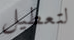
لتعطيل